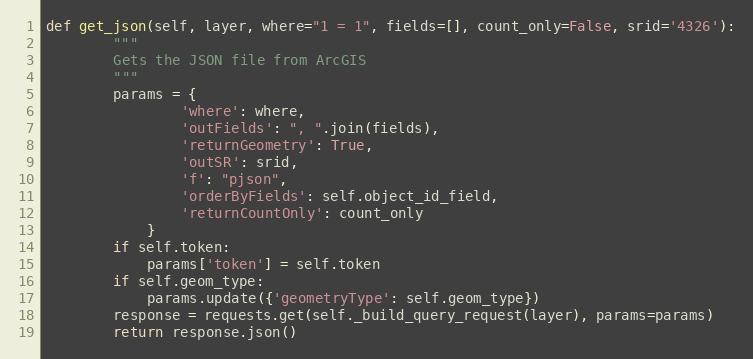
Language: Python
def get_json(self, layer, where="1 = 1", fields=[], count_only=False, srid='4326'):
        """
        Gets the JSON file from ArcGIS
        """
        params = {
                'where': where,
                'outFields': ", ".join(fields),
                'returnGeometry': True,
                'outSR': srid,
                'f': "pjson",
                'orderByFields': self.object_id_field,
                'returnCountOnly': count_only
            }
        if self.token:
            params['token'] = self.token
        if self.geom_type:
            params.update({'geometryType': self.geom_type})
        response = requests.get(self._build_query_request(layer), params=params)
        return response.json()